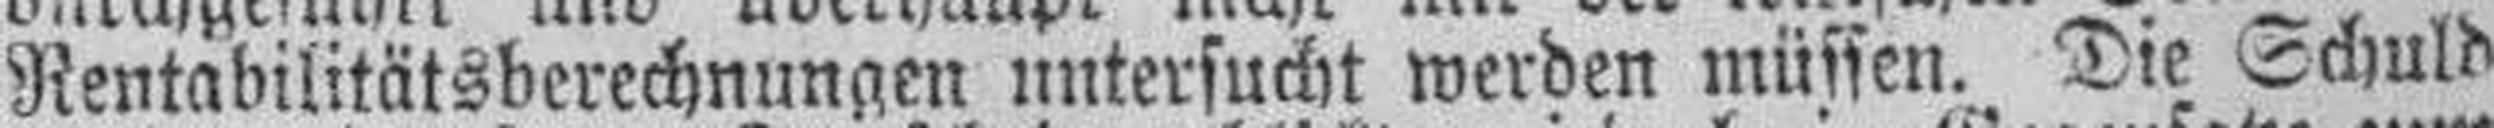
Rentabilitätsberechnungen untersucht werden müssen. Die Schuld